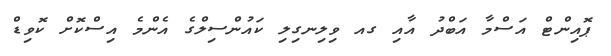
ޕޮއިންޓް އަސްމާ އަބްދު އާއި ގއ ވިލިނގިލި ކައުންސިލްގެ އެންމެ އިސްކޮށް ކޮވިޑް